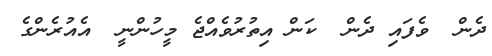
ދެން  ވެފައި ދެން  ކަން އިތުރުވެއްޖެ މީހުންނީ  އެއުރެންގެ